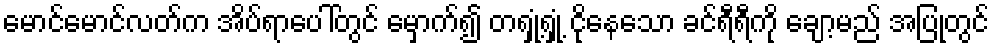
မောင်မောင်လတ်က အိပ်ရာပေါ်တွင် မှောက်၍ တရှုံ့ရှုံ့ ငိုနေသော ခင်ရီရီကို ချော့မည် အပြုတွင်